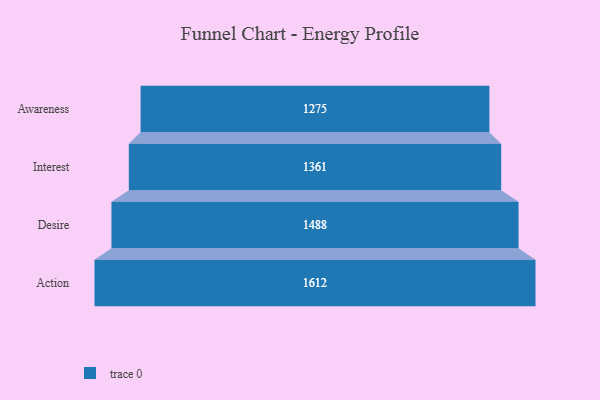
{"axis": {"x": "Stage", "y": "Value"}, "legend": [""], "data": [{"x": "Awareness", "y": 1275.0, "type": ""}, {"x": "Interest", "y": 1361.0, "type": ""}, {"x": "Desire", "y": 1488.0, "type": ""}, {"x": "Action", "y": 1612.0, "type": ""}]}